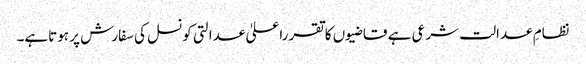
نظامِ عدالت شرعی ہے قاضیوں کاتقرراعلیٰ عدالتی کونسل کی سفارش پر ہوتاہے۔